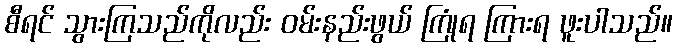
စီရင် သွားကြသည်ကိုလည်း ဝမ်းနည်းဖွယ် ကြုံရ ကြားရ ဖူးပါသည်။